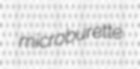
microburette